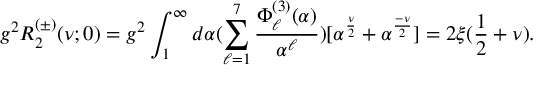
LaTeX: g ^ { 2 } R _ { 2 } ^ { ( \pm ) } ( \nu ; 0 ) = g ^ { 2 } \int _ { 1 } ^ { \infty } d \alpha ( \sum _ { \ell = 1 } ^ { 7 } \frac { \Phi _ { \ell } ^ { ( 3 ) } ( \alpha ) } { \alpha ^ { \ell } } ) [ \alpha ^ { \frac { \nu } { 2 } } + \alpha ^ { \frac { - \nu } { 2 } } ] = 2 \xi ( \frac { 1 } { 2 } + \nu ) .